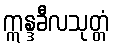
ဣန္ဒခီလသုတ္တံ